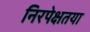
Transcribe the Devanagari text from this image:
निरपेक्षतया